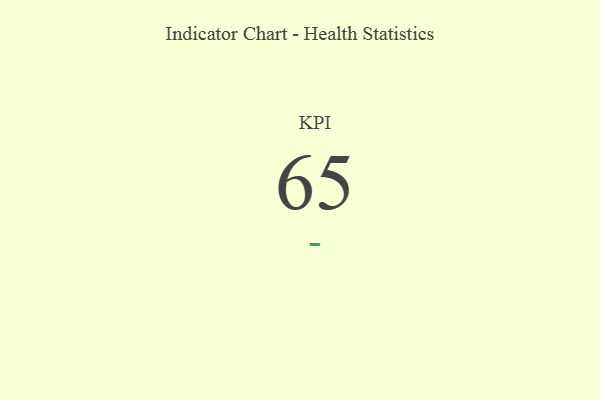
{"axis": {"x": "KPI", "y": "Value"}, "legend": [""], "data": [{"x": "KPI", "y": 65, "type": ""}]}